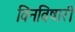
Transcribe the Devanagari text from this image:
विनविषारी